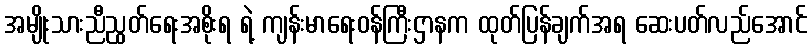
အမျိုးသားညီညွတ်ရေးအစိုးရ ရဲ့ ကျန်းမာရေးဝန်ကြီးဌာနက ထုတ်ပြန်ချက်အရ ဆေးပတ်လည်အောင်